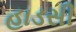
હાડસી